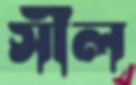
সীল